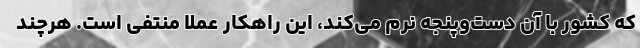
که کشور با آن دست‌وپنجه نرم می‌کند، این راهکار عملا منتفی است. هرچند